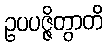
ဥပပဇ္ဇိတွာတိ